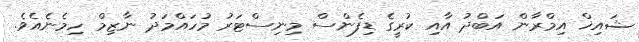
ޝައިޚް އިމްރާން އަބްދު އާއި ކުރީގެ ޑިފެންސް މިނިސްޓަރު މުހައްމަދު ނާޒިމް ހިމެނެއެވެ.